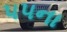
૫૫ના